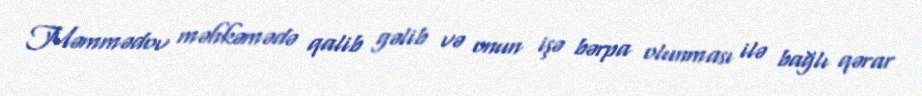
Məmmədov məhkəmədə qalib gəlib və onun işə bərpa olunması ilə bağlı qərar